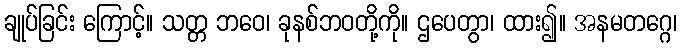
ချုပ်ခြင်း ကြောင့်။ သတ္တ ဘဝေ၊ ခုနစ်ဘဝတို့ကို။ ဌပေတွာ၊ ထား၍။ အနမတဂ္ဂေ၊